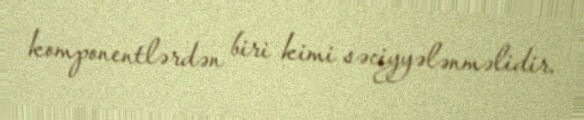
komponentlərdən biri kimi səciyyələnməlidir.